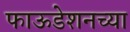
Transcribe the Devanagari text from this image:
फाऊडेशनच्या